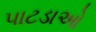
પાટડાઓ